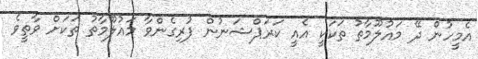
އެމީހުން ދޭ މައުލޫމާތު ތަކަކީ އެއީ ކަރަޕްޝަނުން ފުރިގެންވާ މައުލޫމާތު ތަކަށް ވާތީވެ